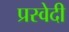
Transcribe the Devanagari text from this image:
प्रस्वेदी